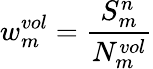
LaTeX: w_{m}^{vol}=\frac{S_{m}^{n}}{N_{m}^{vol}}